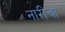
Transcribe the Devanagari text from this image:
नारीचा